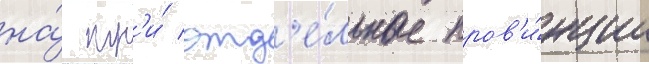
на́ тр'и́ отд'е́льные пров'и́нции